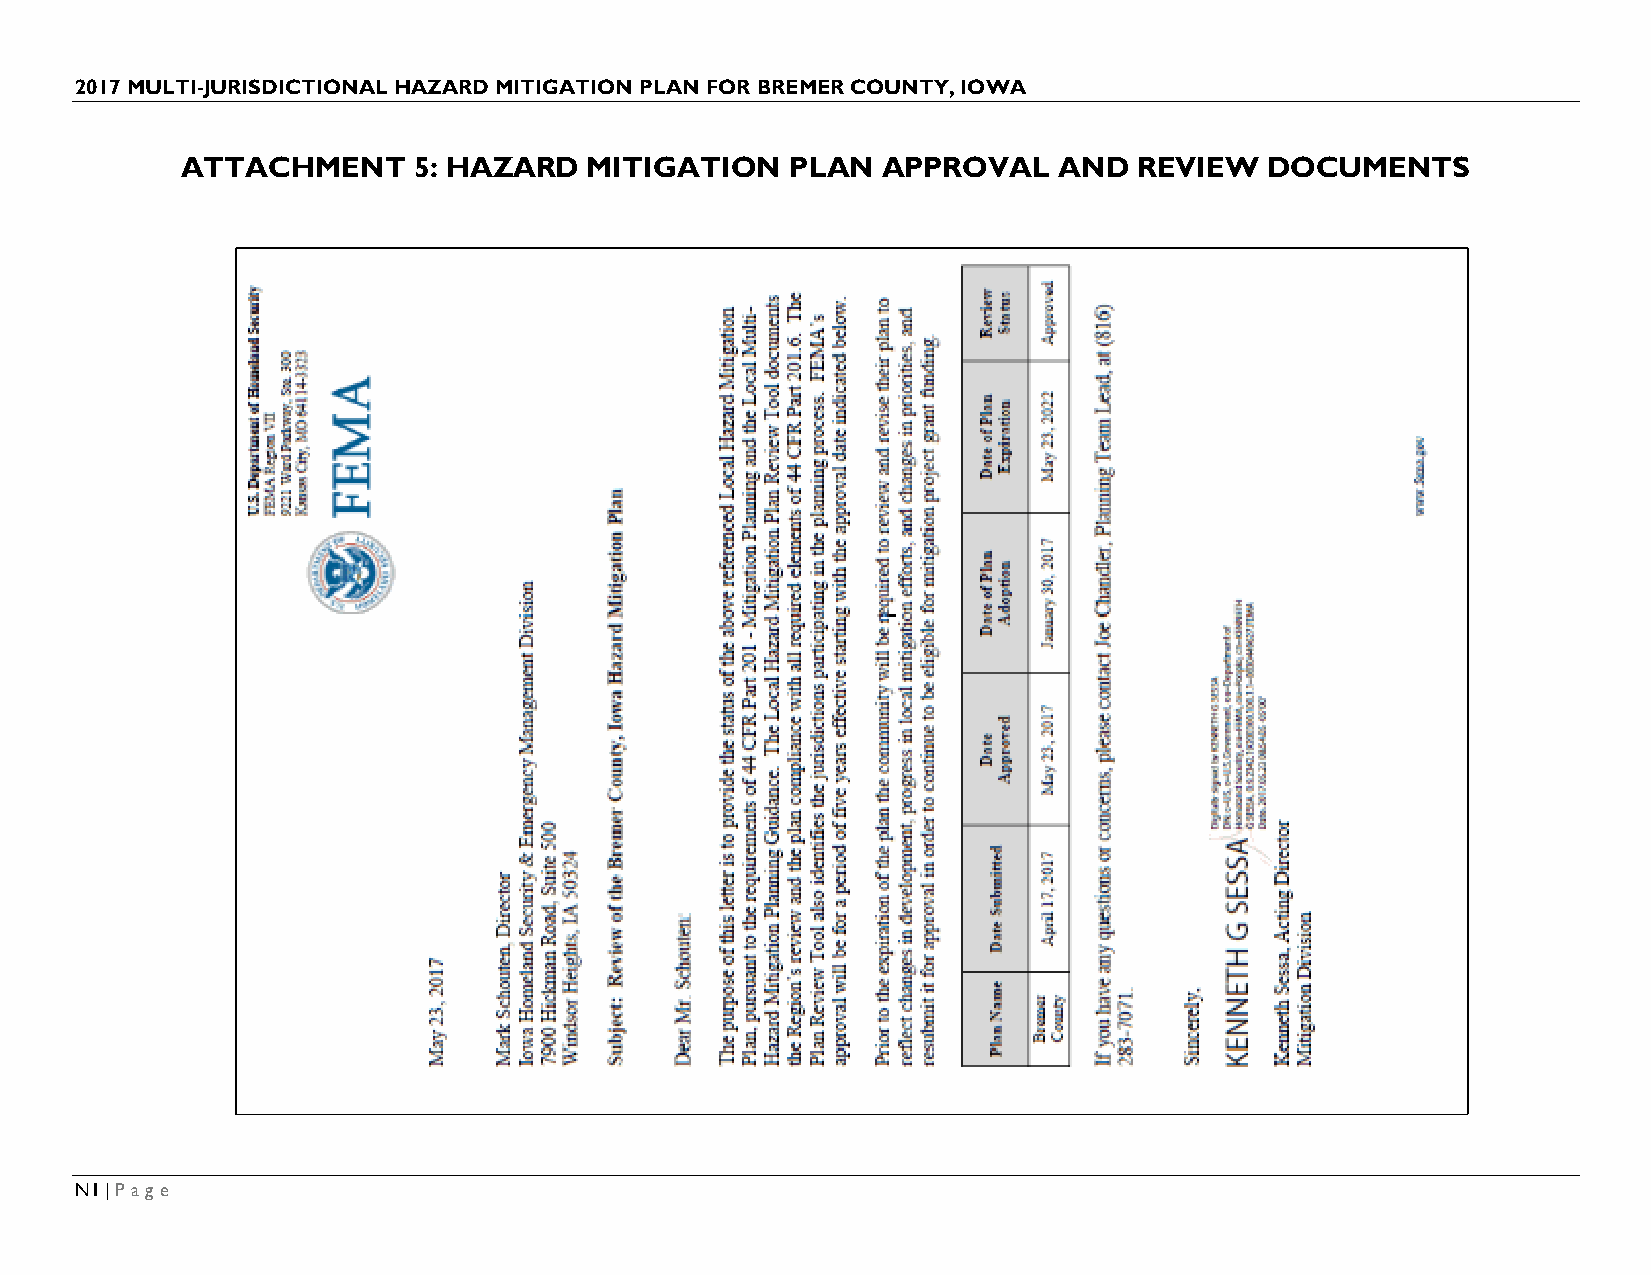
2017 MULTI-JURISDICTIONAL HAZARD MITIGATION PLAN FOR BREMER COUNTY, IOWA
 ATTACHMENT     5: HAZARD   MITIGATION   PLAN  APPROVAL    AND  REVIEW   DOCUMENTS
 N1 | Page